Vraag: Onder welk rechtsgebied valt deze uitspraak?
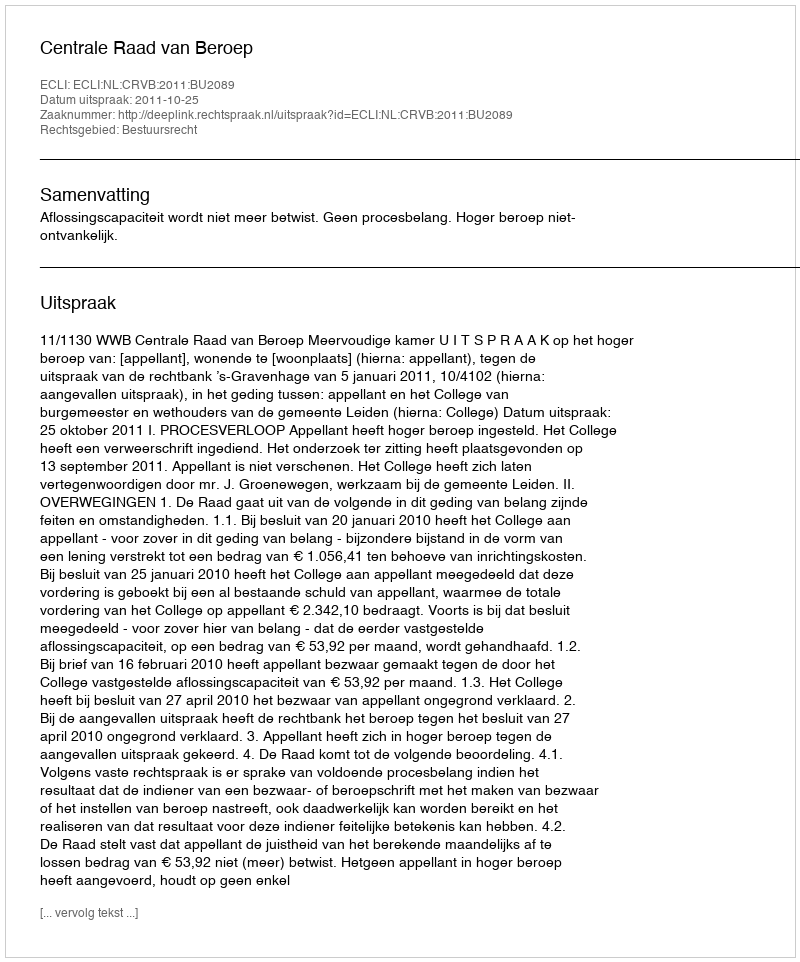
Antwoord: Bestuursrecht